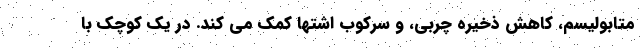
متابولیسم، کاهش ذخیره چربی، و سرکوب اشتها کمک می کند. در یک کوچک با